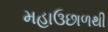
મહાઉછાળથી